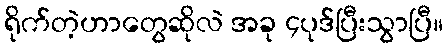
ရိုက်တဲ့ဟာတွေဆိုလဲ အခု ၄ပုဒ်ပြီးသွာပြီ။